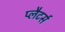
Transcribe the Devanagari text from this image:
प्लैटर्स